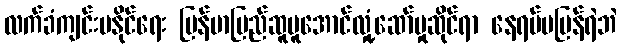
လက်ခံကျင်းပနိုင်ရေး မြန်မာပြည်ဆူပူအောင်လှုံ့ဆော်မှုဆိုင်ရာ နေရပ်မပြန်ရဲဘဲ